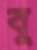
বু